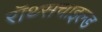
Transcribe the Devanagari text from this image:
रॉथ्सचाइल्ड